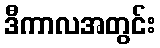
ဒီကာလအတွင်း